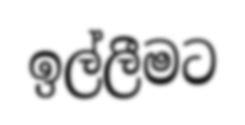
ඉල්ලීමට